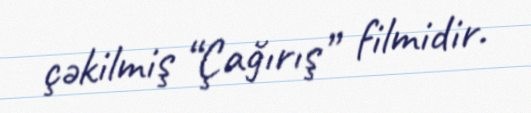
çəkilmiş “Çağırış” filmidir.